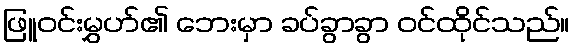
ဖြူဝင်းမွှဟ်၏ ဘေးမှာ ခပ်ခွာခွာ ဝင်ထိုင်သည်။